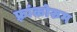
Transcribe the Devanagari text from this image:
फ़्रांकोरुम